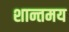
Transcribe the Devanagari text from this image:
शान्तमय